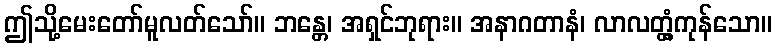
ဤသို့မေးတော်မူလတ်သော်။ ဘန္တေ၊ အရှင်ဘုရား။ အနာဂတာနံ၊ လာလတ္တံ့ကုန်သော။